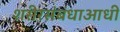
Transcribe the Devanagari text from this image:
शरीरसंबंधाआधी